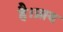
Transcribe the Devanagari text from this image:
है।प्राय